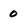
Character: 0